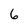
Character: 6